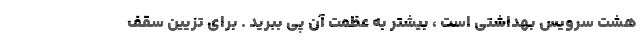
هشت سرویس بهداشتی است ، بیشتر به عظمت آن پی ببرید . برای تزیین سقف